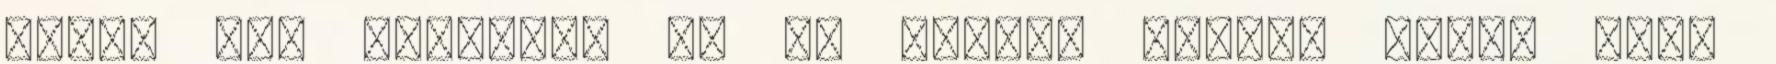
akkor tud működni, ha ők önként veszik kézbe azt.